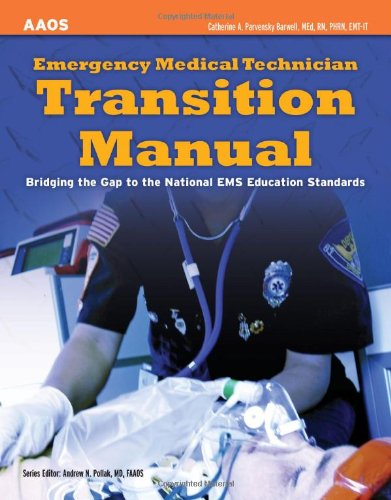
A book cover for Emergency Medical Technician Transition Manual: Bridging the Gap to the National EMS Education Standards; American Academy of Orthopaedic Surgeons (AAOS); Medical Books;